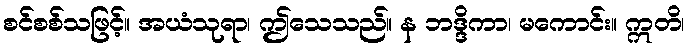
စင်စစ်သဖြင့်။ အယံသုရာ၊ ဤသေသည်။ န ဘဒ္ဒိကာ၊ မကောင်း။ ဣတိ၊